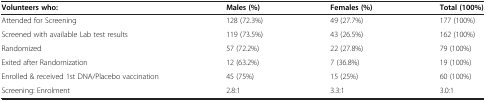
<table><thead><tr><td><b>Volunteers who:</b></td><td><b>Males (%)</b></td><td><b>Females (%)</b></td><td><b>Total (100%)</b></td></tr></thead><tbody><tr><td>Attended for Screening</td><td>128 (72.3%)</td><td>49 (27.7%)</td><td>177 (100%)</td></tr><tr><td>Screened with available Lab test results</td><td>119 (73.5%)</td><td>43 (26.5%)</td><td>162 (100%)</td></tr><tr><td>Randomized</td><td>57 (72.2%)</td><td>22 (27.8%)</td><td>79 (100%)</td></tr><tr><td>Exited after Randomization</td><td>12 (63.2%)</td><td>7 (36.8%)</td><td>19 (100%)</td></tr><tr><td>Enrolled &amp; received 1st DNA/Placebo vaccination</td><td>45 (75%)</td><td>15 (25%)</td><td>60 (100%)</td></tr><tr><td>Screening: Enrolment</td><td>2.8:1</td><td>3.3:1</td><td>3.0:1</td></tr></tbody></table>